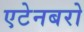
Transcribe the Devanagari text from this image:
एटेनबरो